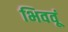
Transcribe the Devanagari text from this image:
भिववूं